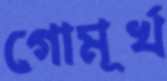
গোমূর্খ